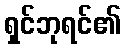
ရှင်ဘုရင်၏